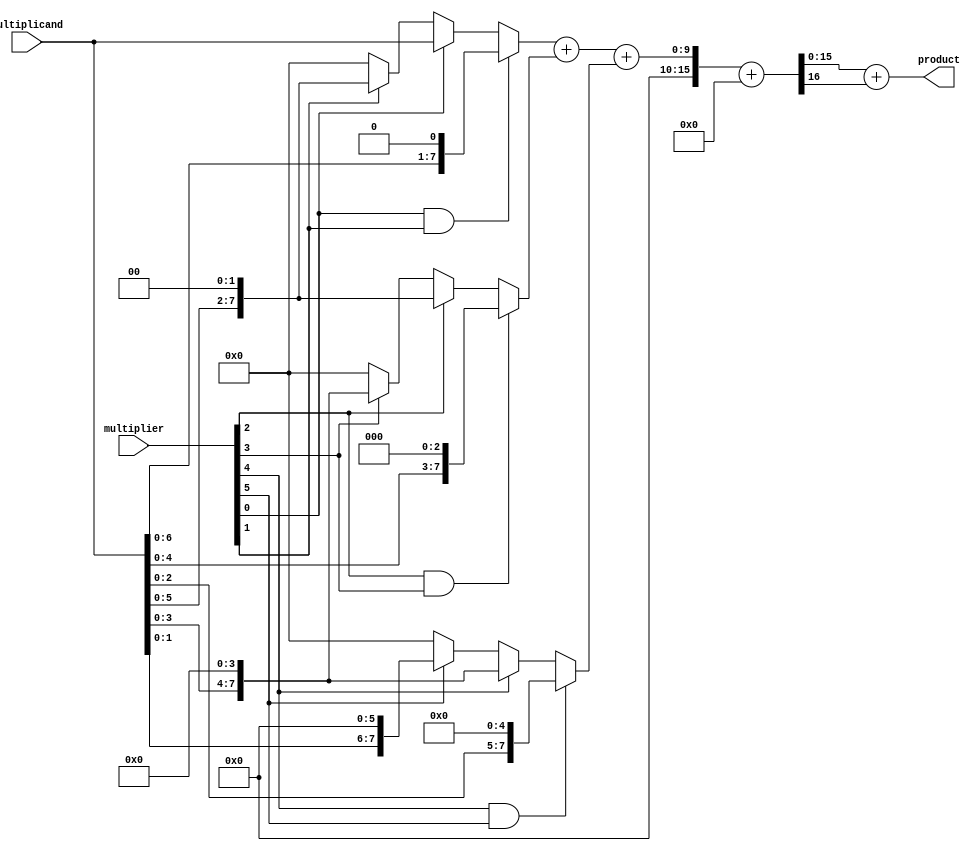
module radix4_wallace_multiplier #(parameter WIDTH = 8) (
    input  wire [WIDTH-1:0] multiplicand,
    input  wire [WIDTH-1:0] multiplier,
    output wire [2*WIDTH-1:0] product
);

    // Generate Partial Products
    wire [WIDTH-1:0] pp [0:(WIDTH/2)-1]; // Partial products array
    
    genvar i;
    generate
        for (i = 0; i < WIDTH/2; i = i + 1) begin : pp_gen
            assign pp[i] = (multiplier[2*i] && multiplier[2*i + 1]) ? multiplicand << (2*i + 1) :
                           (multiplier[2*i]) ? multiplicand << (2*i) :
                           (multiplier[2*i + 1]) ? multiplicand << (2*i + 2) : 0;
        end
    endgenerate

    // Wallace Tree Reduction
    wire [WIDTH*2-1:0] sum [0:(WIDTH/2)-2]; // Intermediate sums
    wire [WIDTH*2-1:0] carry [0:(WIDTH/2)-2]; // Intermediate carries

    // First stage of CSAs
    generate
        for (i = 0; i < (WIDTH/2)-1; i = i + 1) begin : CSA_stage1
            // Combine three inputs of partial products
            if (i < (WIDTH/2)-2) begin
                assign {carry[i], sum[i]} = pp[i] + pp[i+1] + (i < (WIDTH/2)-2 ? pp[i+2] : 0);
            end else begin
                assign {carry[i], sum[i]} = pp[i] + pp[i+1];
            end
        end
    endgenerate

    // Final sum reduction using a regular adder
    wire [WIDTH*2-1:0] final_sum;
    wire [WIDTH*2-1:0] final_carry;
    
    assign {final_carry, final_sum} = sum[0] + carry[0];

    // Final Product
    assign product = final_sum + final_carry;

endmodule